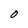
Character: O